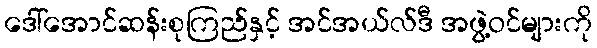
ဒေါ်အောင်ဆန်းစုကြည်နှင့် အင်အယ်လ်ဒီ အဖွဲ့ဝင်များကို